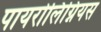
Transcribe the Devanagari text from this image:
पायरोलिग्नियस